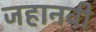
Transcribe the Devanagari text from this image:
जहानवी